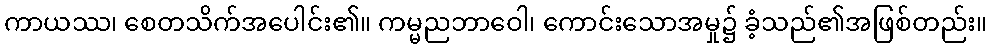
ကာယဿ၊ စေတသိက်အပေါင်း၏။ ကမ္မညဘာဝေါ၊ ကောင်းသောအမှု၌ ခံ့သည်၏အဖြစ်တည်း။